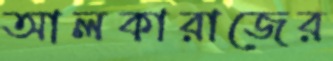
আলকারাজের